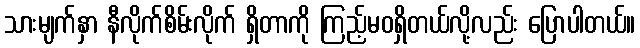
သားမျက်နှာ နီလိုက်စိမ်းလိုက် ရှိတာကို ကြည့်မဝရှိတယ်လို့လည်း ပြောပါတယ်။